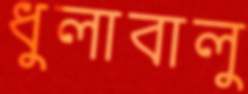
ধুলাবালু